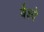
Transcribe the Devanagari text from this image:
बैश्ये